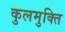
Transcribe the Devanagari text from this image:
कुलमुक्ति